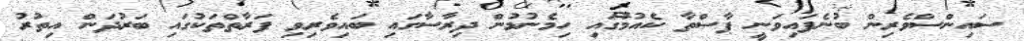
ސައިންސްވެރިން ބުނެފައިވަނީ ޕާސްތާ ކެއުމުގައި ހިމެނުމުން ދިރާސާގައި ބައިވެރިވި ފަރާތްތަކުގައި ބަރުދަން އިތުރު